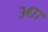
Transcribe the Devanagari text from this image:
३४७७